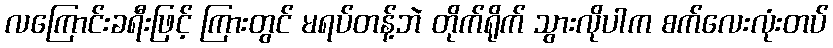
လကြောင်းခရီးဖြင့် ကြားတွင် မရပ်တန့်ဘဲ တိုက်ရိုက် သွားလိုပါက စက်လေးလုံးတပ်